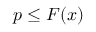
p \leq F ( x )